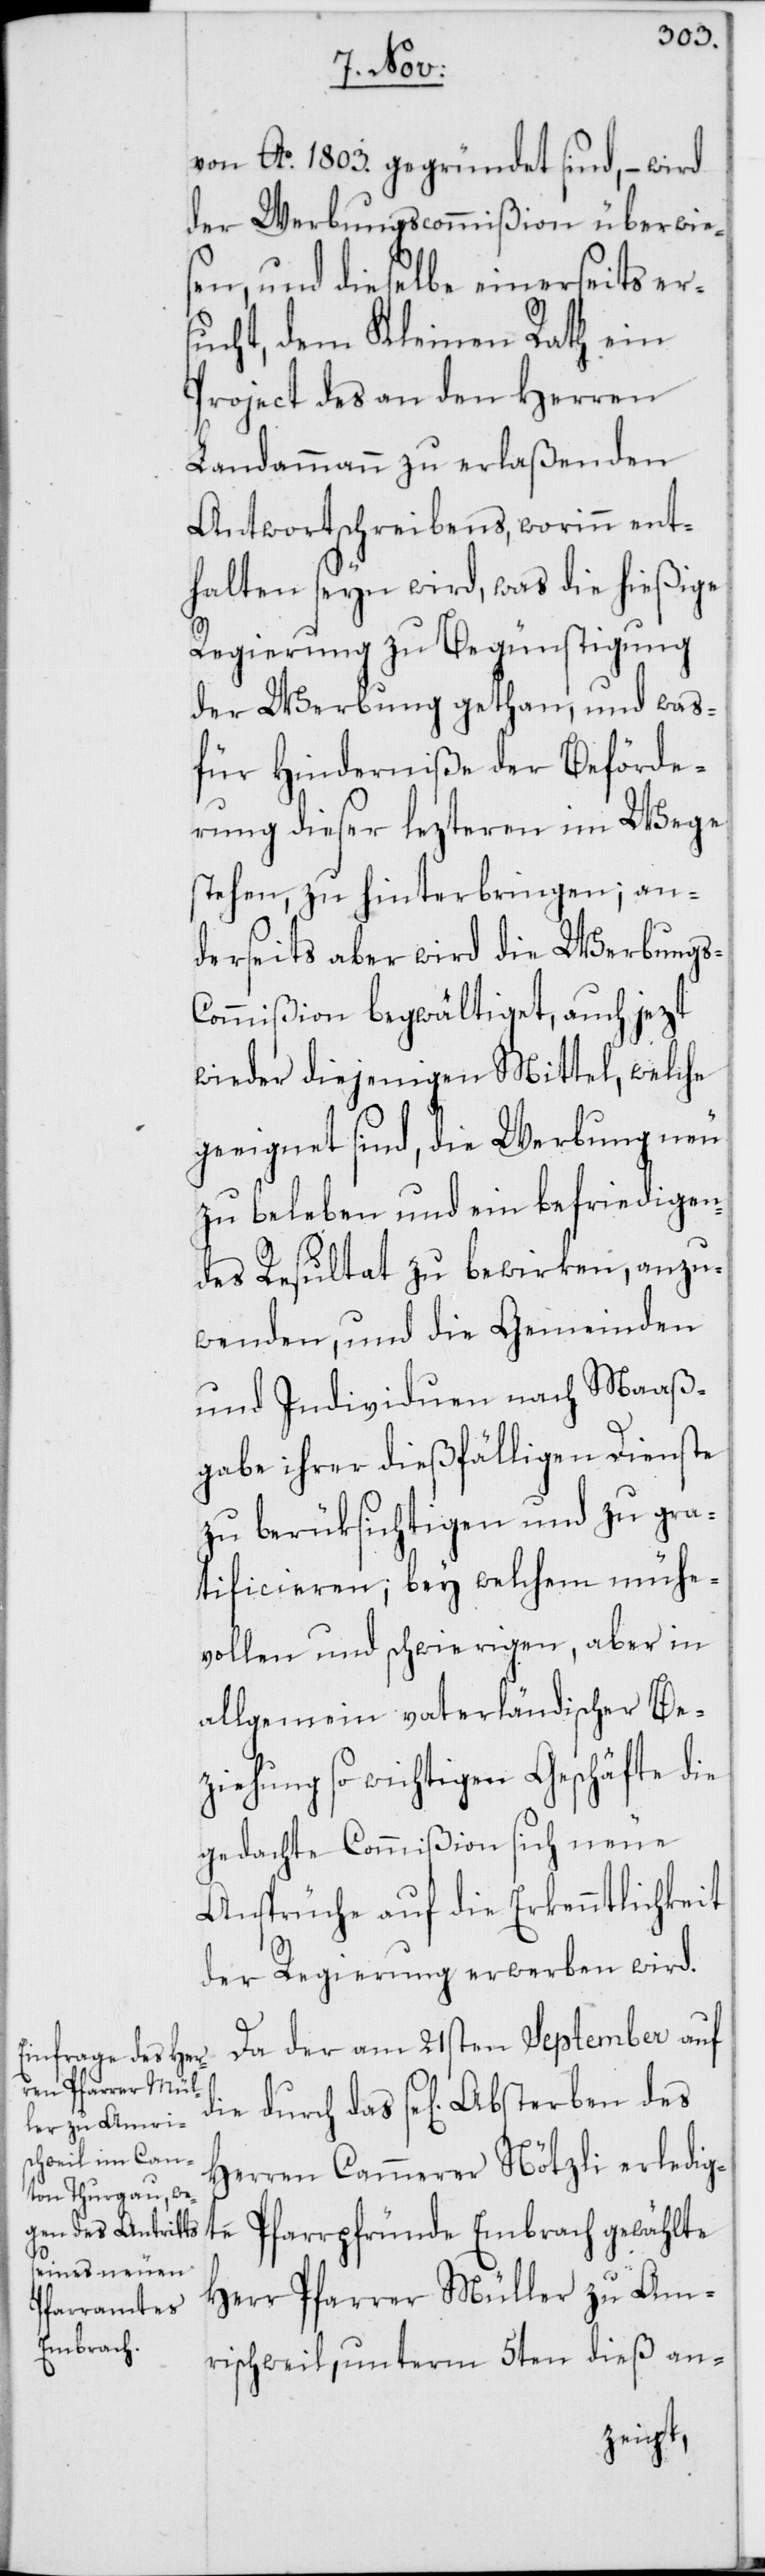
von Ao. 1803. gegründet sind, – wird
der Werbungscommißion überwies¬
en, und dieselbe einerseits ers¬
ucht, dem Kleinen Rath ein
Project des an den Herren
Landammann zu erlaßenden
Antwortschreibens, worinn ent¬
halten seyn wird, was die hießige
Regierung zu Begünstigung
der Werbung gethan, und was
für Hinderniße der Beförde¬
rung dieser lezteren im Wege
stehen, zu hinterbringen; an¬
derseits aber wird die Werbungs-C¬
ommißion begwältiget, auch jezt
wieder diejenigen Mittel, welche
geeignet sind, die Werbung neu
zu beleben und ein befriedigen¬
des Resultat zu bewirken, anzu¬
wenden, und die Gemeinden
und Individuen nach Maaß¬
gabe ihrer dießfälligen Dienste
zu berüksichtigen und zu gra¬
tificieren, bey welchem mühe¬
vollen und schwierigen, aber in
allgemein vaterländischer Be¬
ziehung so wichtigen Geschäfte die
gedachte Commißion sich neue
Ansprüche auf die Erkenntlichkeit
der Regierung erwerben wird.
Da der am 21sten September auf
die durch das sel. Absterben des
Herren Cammerer Nötzli erledig¬
te Pfarrpfründe Embrach gewählte
Herr Pfarrer Müller zu Am¬
rischweil, unterm 5ten dieß an-